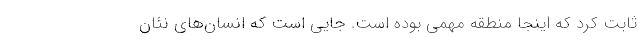
ثابت کرد که اینجا منطقه مهمی بوده است. جایی است که انسان‌های نئان